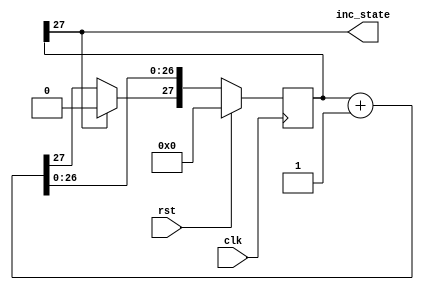
module stateCounter_4 (
    input clk,
    input rst,
    output reg inc_state
  );
  
  
  
  reg [27:0] M_stateCounter_d, M_stateCounter_q = 1'h0;
  
  always @* begin
    M_stateCounter_d = M_stateCounter_q;
    
    inc_state = M_stateCounter_q[27+0-:1];
    M_stateCounter_d = M_stateCounter_q + 1'h1;
    if (M_stateCounter_q[27+0-:1] == 1'h1) begin
      M_stateCounter_d[27+0-:1] = 1'h0;
    end
  end
  
  always @(posedge clk) begin
    if (rst == 1'b1) begin
      M_stateCounter_q <= 1'h0;
    end else begin
      M_stateCounter_q <= M_stateCounter_d;
    end
  end
  
endmodule